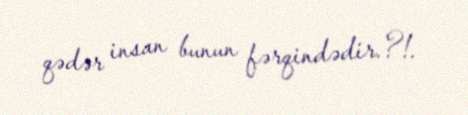
qədər insan bunun fərqindədir.?!.